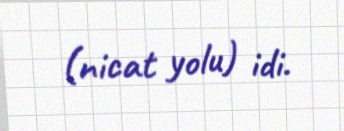
(nicat yolu) idi.